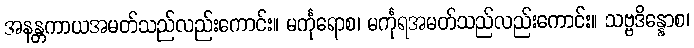
အနန္တကာယအမတ်သည်လည်းကောင်း။ မင်္ကုရောစ၊ မင်္ကုရအမတ်သည်လည်းကောင်း။ သဗ္ဗဒိန္နောစ၊